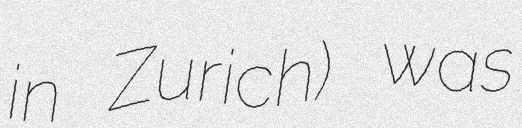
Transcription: in Zurich) was